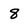
Character: 8